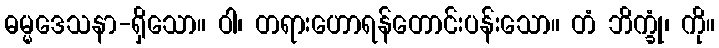
ဓမ္မဒေသနာ-ရှိသော။ ဝါ၊ တရားဟောရန်တောင်းပန်းသော။ တံ ဘိက္ခုံ၊ ကို။